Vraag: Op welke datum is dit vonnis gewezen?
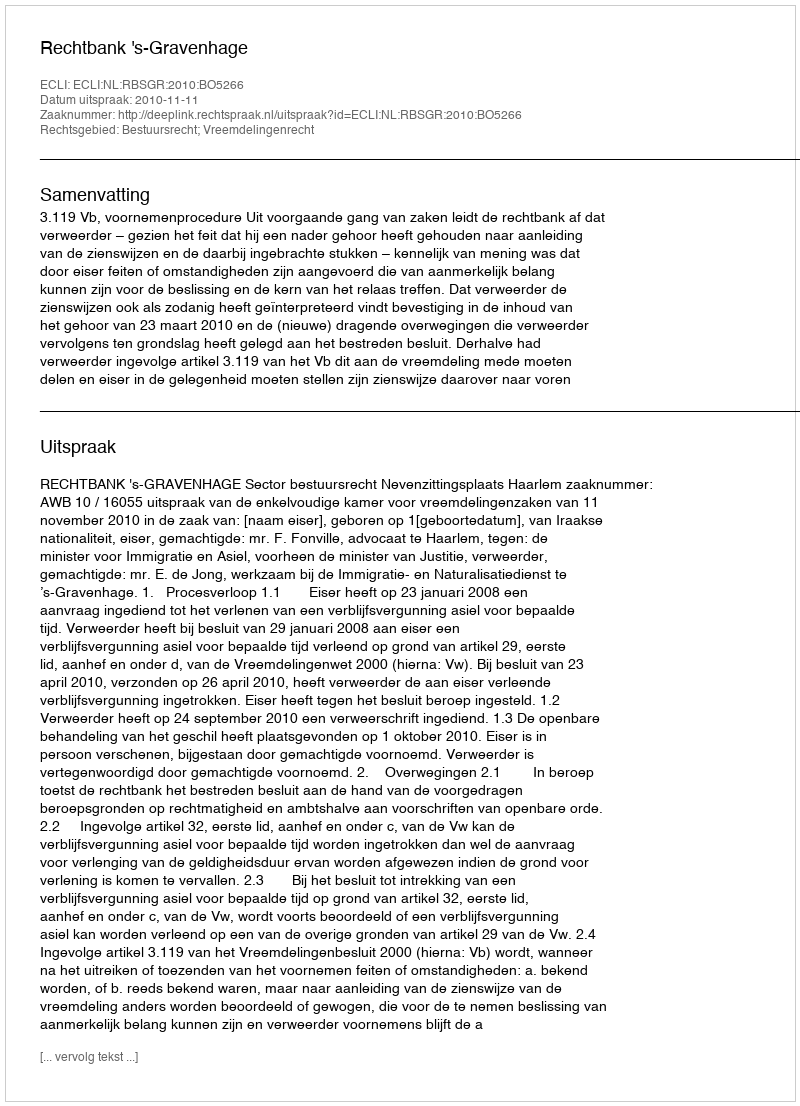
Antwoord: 2010-11-11